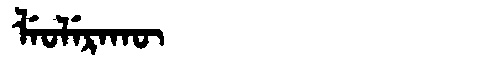
Manchu: ᠯᡝᠣᠯᡝᡵᠠᡴᡡ
Romanization: LEOLERAKŪ